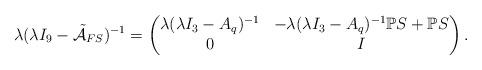
LaTeX: \begin{align*}\lambda (\lambda I_9 - \tilde{\mathcal{A}}_{FS})^{-1} =\begin{pmatrix}\lambda (\lambda I_3 - A_q)^{-1} & -\lambda(\lambda I_3 - A_q)^{-1}\mathbb{P}S+\mathbb{P}S\\0 & I\end{pmatrix}.\end{align*}